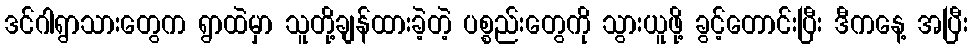
ဒင်ဂါရွာသားတွေက ရွာထဲမှာ သူတို့ချန်ထားခဲ့တဲ့ ပစ္စည်းတွေကို သွားယူဖို့ ခွင့်တောင်းပြီး ဒီကနေ့ အပြီး